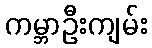
ကမ္ဘာဦးကျမ်း